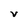
Character: V